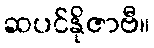
ဆပင်နိုဇာဗီ။